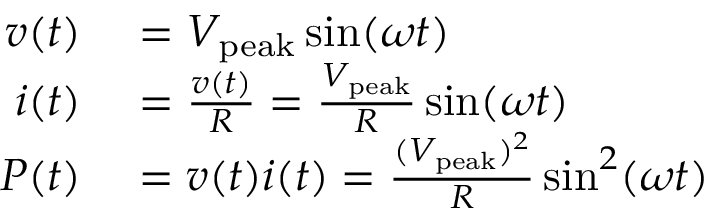
\begin{array} { r l } { v ( t ) } & { { } = V _ { \mathrm { p e a k } } \sin ( \omega t ) } \\ { i ( t ) } & { { } = { \frac { v ( t ) } { R } } = { \frac { V _ { \mathrm { p e a k } } } { R } } \sin ( \omega t ) } \\ { P ( t ) } & { { } = v ( t ) i ( t ) = { \frac { ( V _ { \mathrm { p e a k } } ) ^ { 2 } } { R } } \sin ^ { 2 } ( \omega t ) } \end{array}